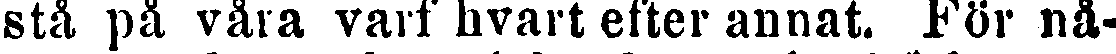
stå på våra varf hvart efter annat. För nå-